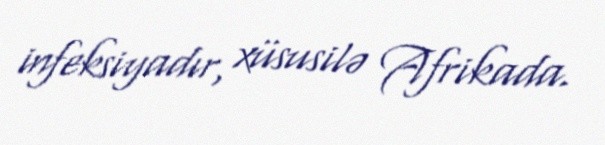
infeksiyadır, xüsusilə Afrikada.